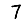
Digit: 7